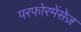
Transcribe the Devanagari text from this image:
परफोरमेंसेज़